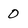
Character: 0